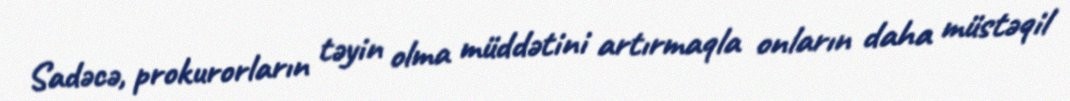
Sadəcə, prokurorların təyin olma müddətini artırmaqla onların daha müstəqil